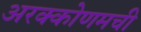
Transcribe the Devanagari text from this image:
अरक्कोणमची